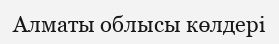
Алматы облысы көлдері